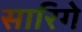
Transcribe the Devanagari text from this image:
सारिगे